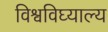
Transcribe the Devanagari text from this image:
विश्वविघ्याल्य